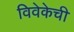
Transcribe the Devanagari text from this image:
विवेकेची